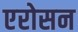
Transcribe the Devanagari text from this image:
एरोसन